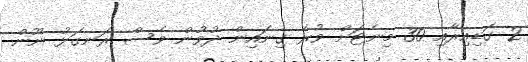
2 ގަޑިއިރާއި 30 މިނެޓަށް ވުރެ ގިނައިން ދުވުން ވެސް ރަނގަޅު ނޫން